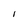
Character: l